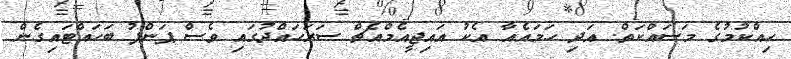
ހިއްކުމުގެ މަސައްކަތް. އަދި ހަމައެއާ އެކު އައިޖީއެމްއެޗް ސަރަހައްދުގައި ވެސް ޕަންޕު ބަހައްޓައިގެން